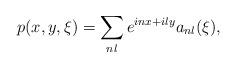
LaTeX: \begin{align*}p(x, y, \xi) = \sum\limits_{nl} e^{inx + il y}a_{nl}(\xi), \end{align*}